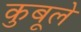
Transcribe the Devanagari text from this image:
कुबूले